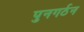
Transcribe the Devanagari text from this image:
पुनगर्ठन